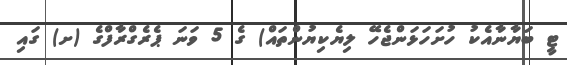
ޓީ ބަޔާނާއެކު ހުށަހަޅަންޖެހޭ ލިޔެކިޔުންތައް) ގެ 5 ވަނަ ޕެރެގްރާފްގެ (ށ) ގައި